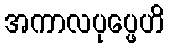
အကာလပုပ္ဖေဟိ